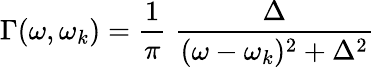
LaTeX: \Gamma(\omega,\omega_{k})=\frac{1}{\pi}\; \frac{\Delta}{(\omega-\omega_{k})^{2}+\Delta^{2}}